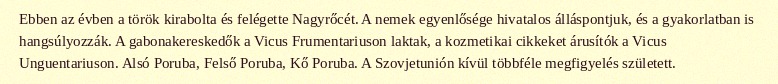
Ebben az évben a török kirabolta és felégette Nagyrőcét. A nemek egyenlősége hivatalos álláspontjuk, és a gyakorlatban is hangsúlyozzák. A gabonakereskedők a Vicus Frumentariuson laktak, a kozmetikai cikkeket árusítók a Vicus Unguentariuson. Alsó Poruba, Felső Poruba, Kő Poruba. A Szovjetunión kívül többféle megfigyelés született.